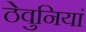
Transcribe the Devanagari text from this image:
ठेवुनियां